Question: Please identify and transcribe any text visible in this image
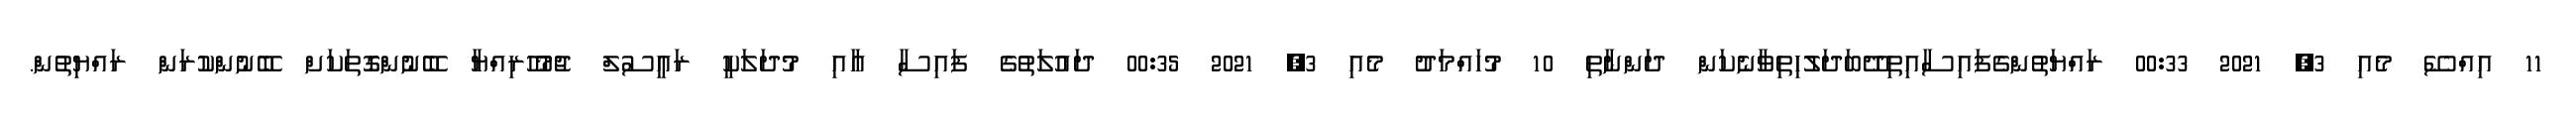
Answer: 11 އިއްސޭ މެއި 3, 2021 00:33 ރައްޔަތުންގެފައިސާއިތިދޭބަދަލުހިތިވާނެކަން ދަންނާތި 10 މުހައްމަދު މެއި 3, 2021 00:35 ދައުލަތުގެ ފައިސާ އާއި މުދަލަކީ ރައީސުލް ޖުމުހޫރިއްޔާ ބޭނުންގޮތަކަށް ބޭނުންކުރަން ރައްޔިތުން.